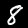
Label: 8